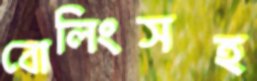
বোলিংসহ